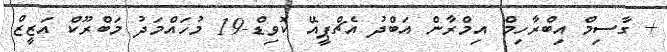
+ ގާސިމް އިބްރާހިމް އިމްރާން އަބްދު އެޗްޕީއޭ ކޮވިޑް-19 މުހައްމަދު މަބްރޫކް އަޒީޒް